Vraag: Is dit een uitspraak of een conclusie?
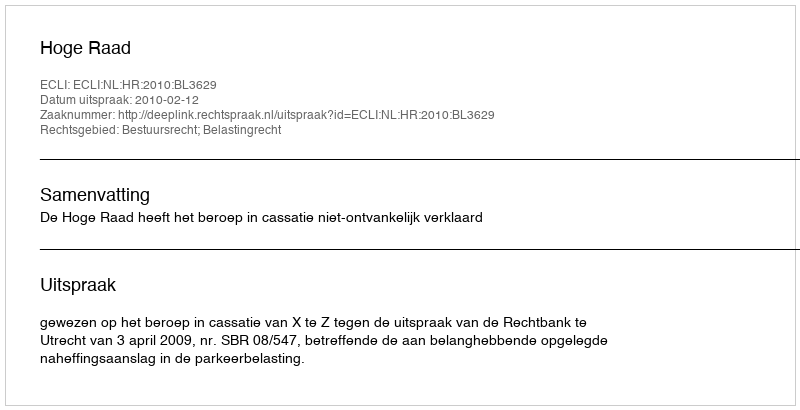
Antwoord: Uitspraak